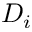
D _ { i }